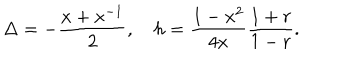
LaTeX: \Delta = - \frac { x + x ^ { - 1 } } { 2 } , ~ h = \frac { 1 - x ^ { 2 } } { 4 x } \frac { 1 + r } { 1 - r } .